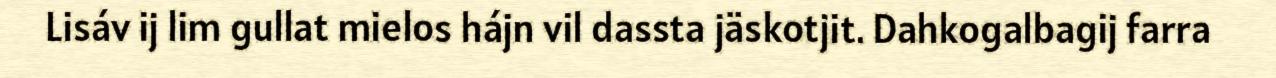
Lisáv ij lim gullat mielos hájn vil dassta jäskotjit. Dahkogalbagij farra